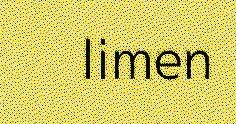
limen